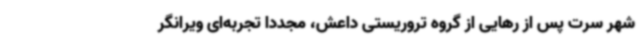
شهر سرت پس از رهایی از گروه تروریستی داعش، مجددا تجربه‌ای ویرانگر